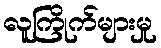
လူကြိုက်များမှု